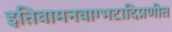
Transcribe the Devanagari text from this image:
इतिवामनवाग्भटादिप्रणीत